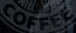
COFFEE